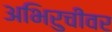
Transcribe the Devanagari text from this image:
अभिरुचीवर